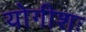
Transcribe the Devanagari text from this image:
योगीशः